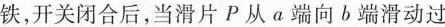
铁，开关闭合后，当滑片P从α端向b端滑动过